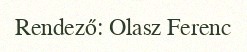
Rendező: Olasz Ferenc